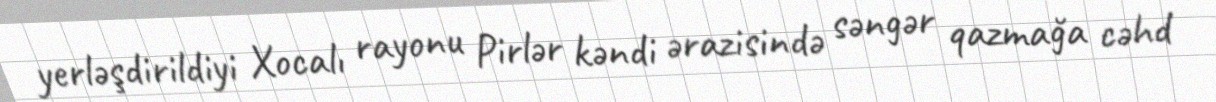
yerləşdirildiyi Xocalı rayonu Pirlər kəndi ərazisində səngər qazmağa cəhd